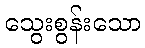
သွေးစွန်းသော